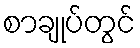
စာချုပ်တွင်